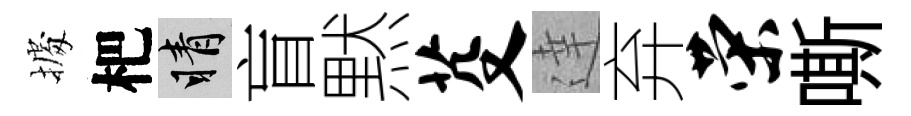
𢴃杷睛盲黙芟達弃荣嘶